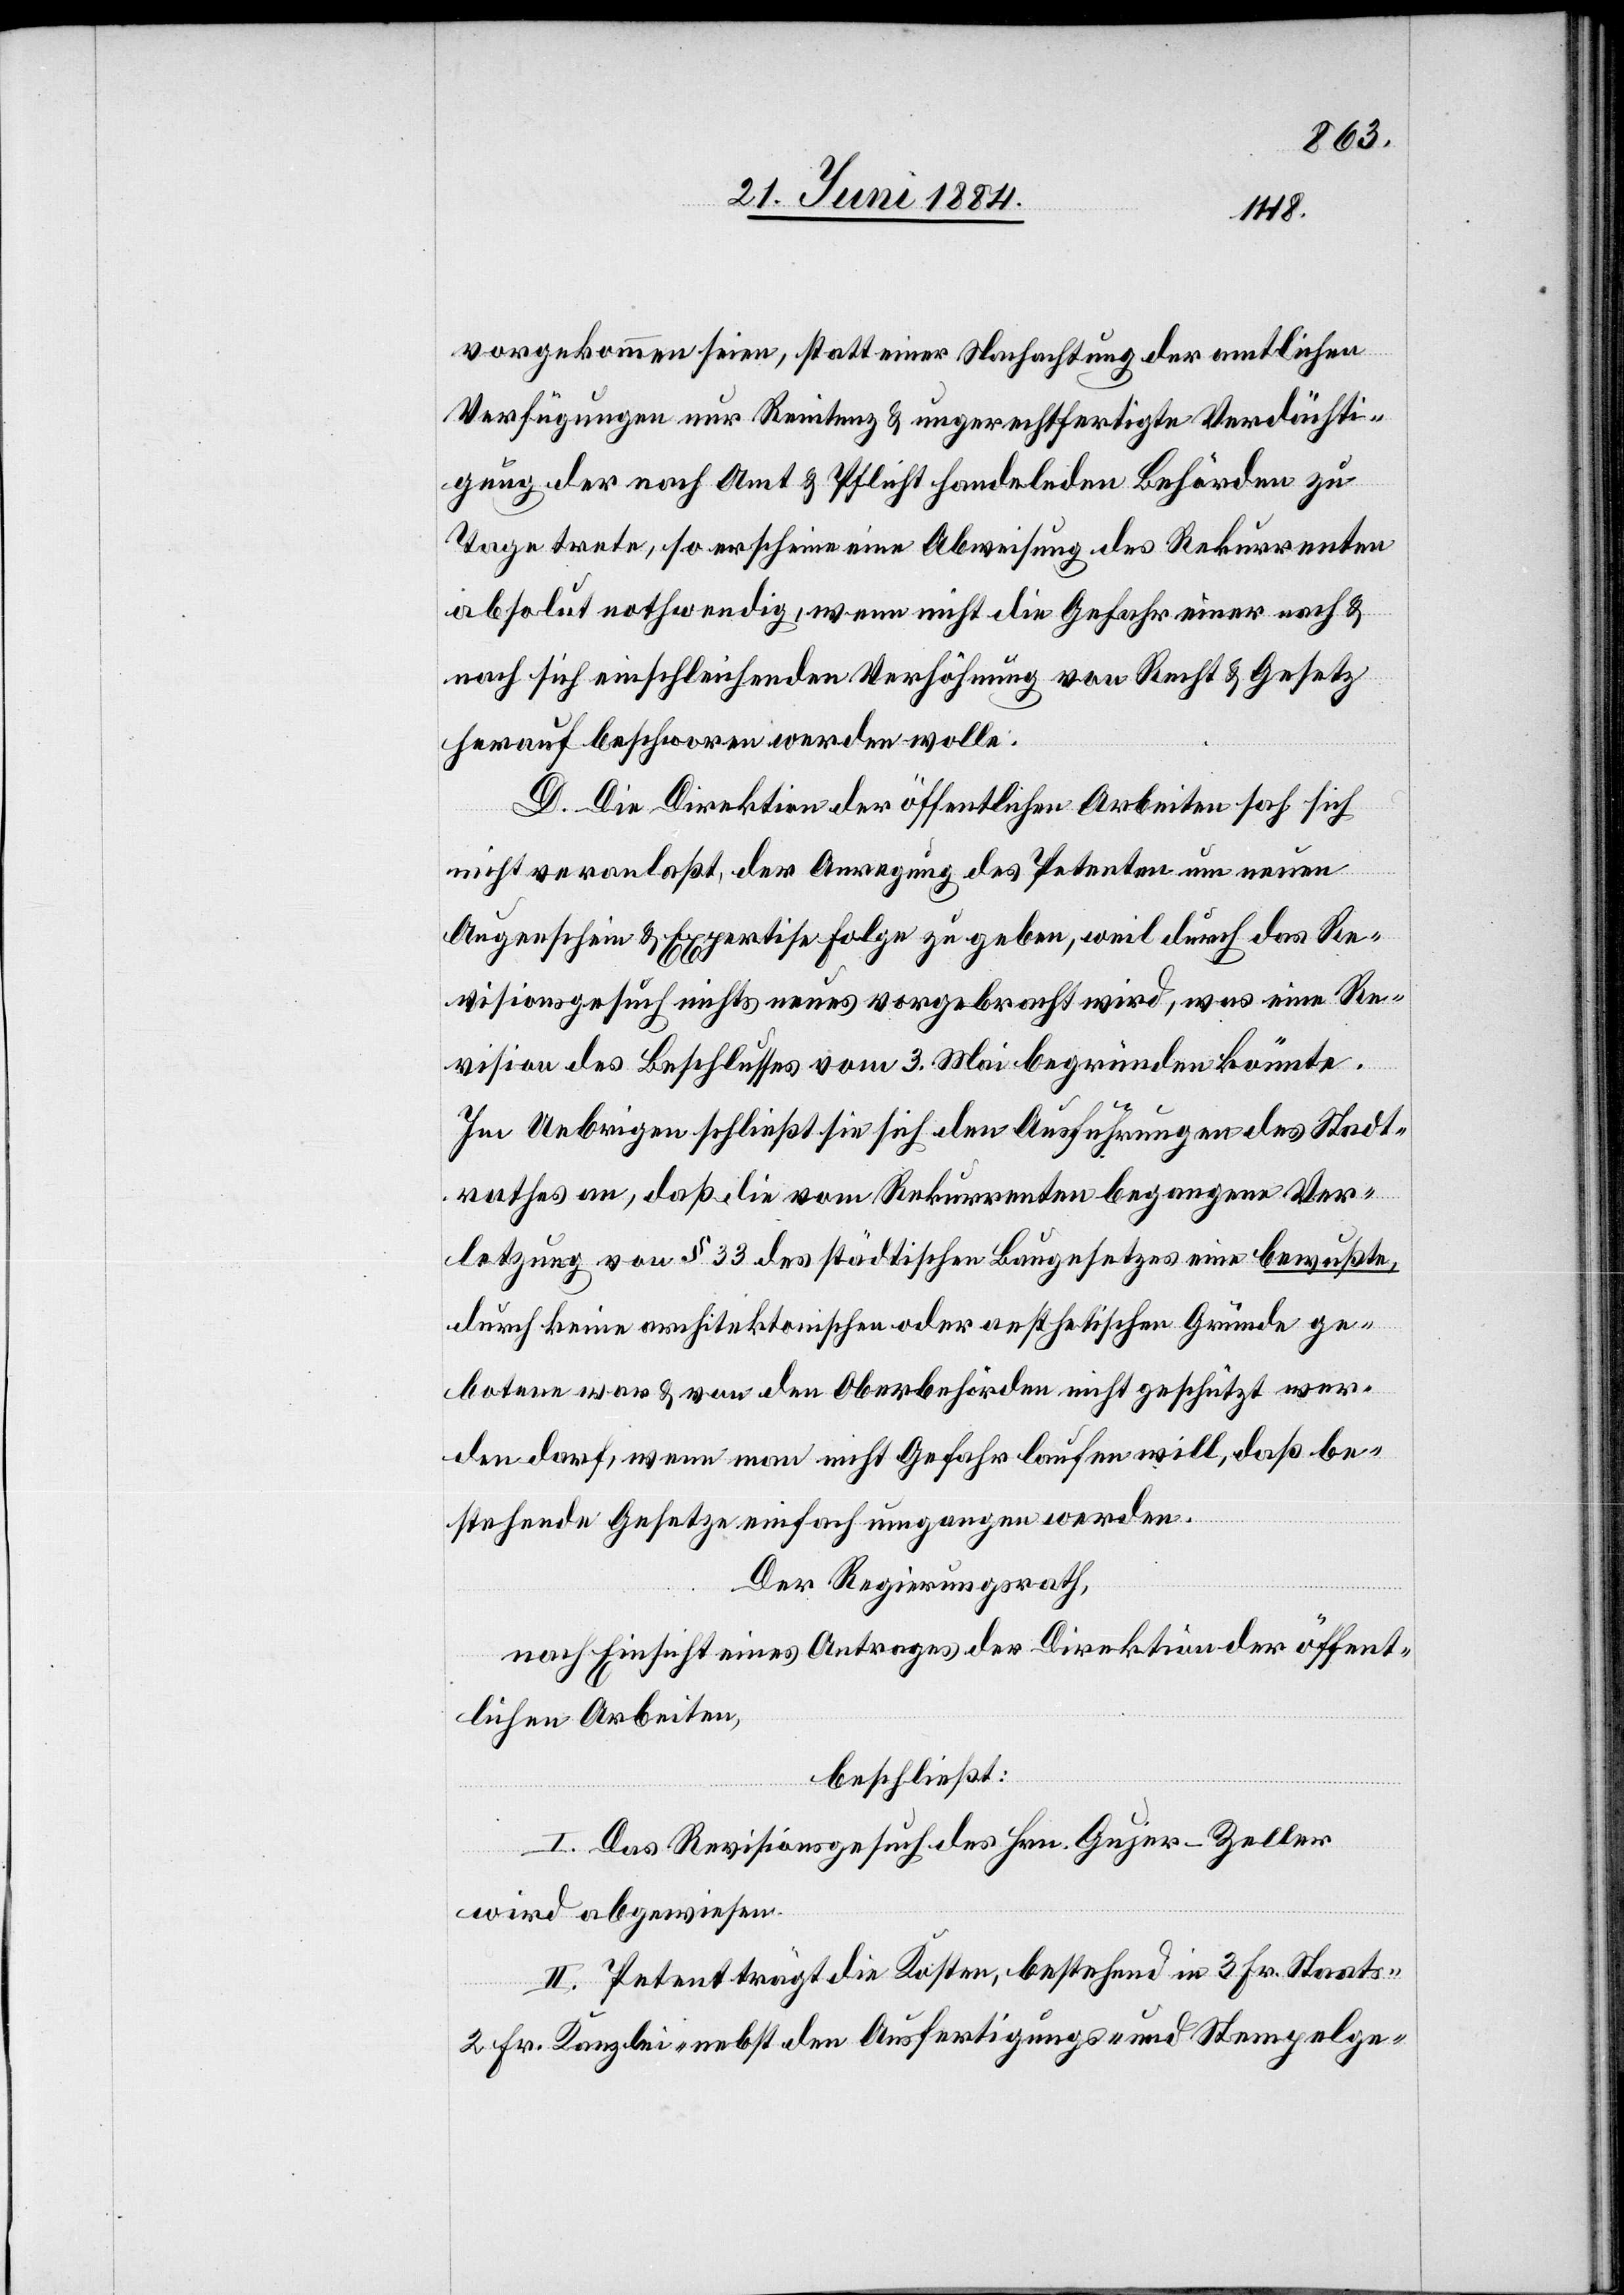
vorgekommen seien, statt einer Nachachtung der amtlichen
Verfügungen nur Renitenz & ungerechtfertigte Verdächti¬
gung der nach Amt & Pflicht handelnden Behörden zu
Tage trete, so erscheine eine Abweisung des Rekurrenten
absolut nothwendig, wenn nicht die Gefahr einer nach &
nach sich einschleichenden Verhöhnung von Recht & Gesetz
herauf beschworen werden wolle.
D. Die Direktion der öffentlichen Arbeiten sah sich
nicht veranlaßt der Anregung des Petenten um neuen
Augenschein & Expertise Folge zu geben, weil durch das Re¬
visionsgesuch nichts neues vorgebracht wird, was eine Re¬
vision des Beschlusses vom 3. Mai begründen könnte.
Im Uebrigen schließt sie sich den Ausführungen des Stadt¬
rathes an, daß die vom Rekurrenten begangene Ver¬
letzung von § 33 des städtischen Baugesetzes eine bewußte,
durch keine architektonische oder aesthetische Gründe ge¬
botene war & von den Oberbehörden nicht geschützt wer¬
den darf, wenn man nicht Gefahr laufen will, daß be¬
stehende Gesetze einfach umgangen werden.
Der Regierungsrath,
nach Einsicht eines Antrages der Direktion der öffent¬
lichen Arbeiten,
beschließt:
I. Das Revisionsgesuch des Hrn. Gujer-Zeller
wird abgewiesen.
II. Petent trägt die Kosten, bestehend in 3 Fr. Staats-[,]
2 Fr. Kanzlei- nebst den Ausfertigungs- und Stempelge-